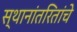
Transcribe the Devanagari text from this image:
स्थानांतरितांचे